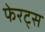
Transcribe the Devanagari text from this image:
फेरट्स